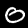
Label: 0